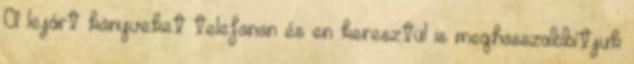
A lejárt könyveket telefonon és en keresztül is meghosszabbítjuk